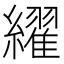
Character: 䌦